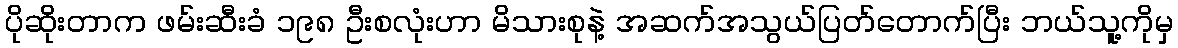
ပိုဆိုးတာက ဖမ်းဆီးခံ ၁၉၈ ဦးစလုံးဟာ မိသားစုနဲ့ အဆက်အသွယ်ပြတ်တောက်ပြီး ဘယ်သူ့ကိုမှ